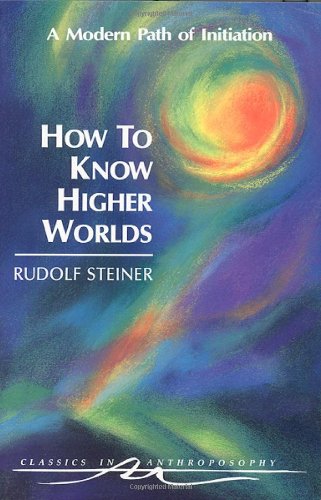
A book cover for How to Know Higher Worlds: A Modern Path of Initiation (Classics in Anthroposophy); Rudolf Steiner; Politics & Social Sciences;